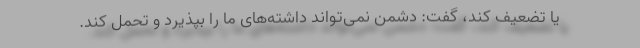
یا تضعیف کند، گفت: دشمن نمی‌تواند داشته‌های ما را بپذیرد و تحمل کند.